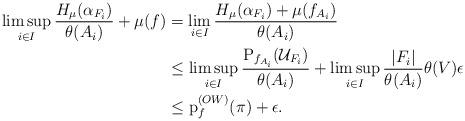
LaTeX: \begin{align*}\limsup_{i\in I}\frac{H_\mu(\alpha_{F_i})}{\theta(A_i)}+\mu(f)&=\lim_{i\in I}\frac{H_\mu(\alpha_{F_i})+\mu(f_{A_i})}{\theta(A_i)}\\&\leq \limsup_{i\in I} \frac{\operatorname{P}_{f_{A_i}}(\mathcal{U}_{F_i})}{\theta(A_i)}+\limsup_{i\in I}\frac{|F_i|}{\theta(A_i)}\theta(V)\epsilon\\&\leq \operatorname{p}_f^{(OW)}(\pi)+\epsilon.\end{align*}